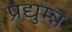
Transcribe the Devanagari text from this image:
प्रद्युम्न्न